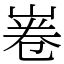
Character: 㟡